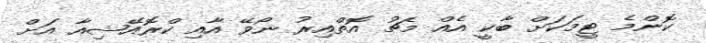
ކޮންމެ ޓީމަކަށް ބާކީ އެއް މެޗު އޮތްއިރު ނޯވޭ އާއި ކްރޮއޭޝިއާ އަށް